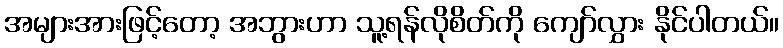
အများအားဖြင့်တော့ အဘွားဟာ သူ့ရန်လိုစိတ်ကို ကျော်လွှား နိုင်ပါတယ်။